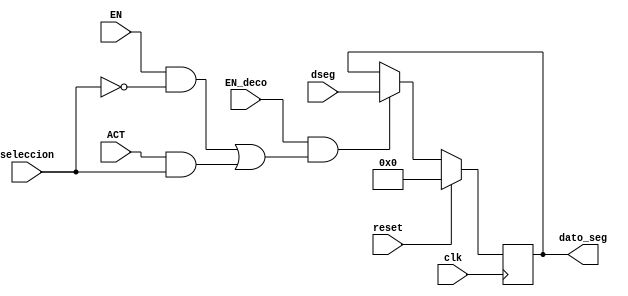
`timescale 1ns / 1ps
//////////////////////////////////////////////////////////////////////////////////
// Company: 
// Engineer: 
// 
// Design Name: 
// Module Name:    registro_segundos_crono_vga 
// Project Name: 
// Target Devices: 
// Tool versions: 
// Description: 
//
// Dependencies: 
//
// Revision: 
// Revision 0.01 - File Created
// Additional Comments: 
//
//////////////////////////////////////////////////////////////////////////////////
module registro_segundos_crono_vga(
input wire clk,reset,seleccion,
input wire [7:0] dseg,
input wire EN,EN_deco,ACT,
output reg [7:0]dato_seg
    );


always@(posedge clk ) 
begin   
   if (reset)
      dato_seg<=0;

	else begin 
	if((EN_deco==1)&&(((EN==1)&&(seleccion==0))||((ACT==1)&&(seleccion==1))))
     dato_seg<=dseg;
	 else 
	  dato_seg<=dato_seg;
	  end
	 
end

endmodule